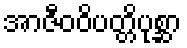
အာဇီဝဝိပတ္တိပုစ္ဆာ